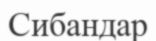
Сибандар